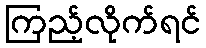
ကြည့်လိုက်ရင်